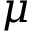
\mu